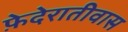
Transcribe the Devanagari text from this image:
फ़ेदेरातीवास